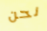
نحن